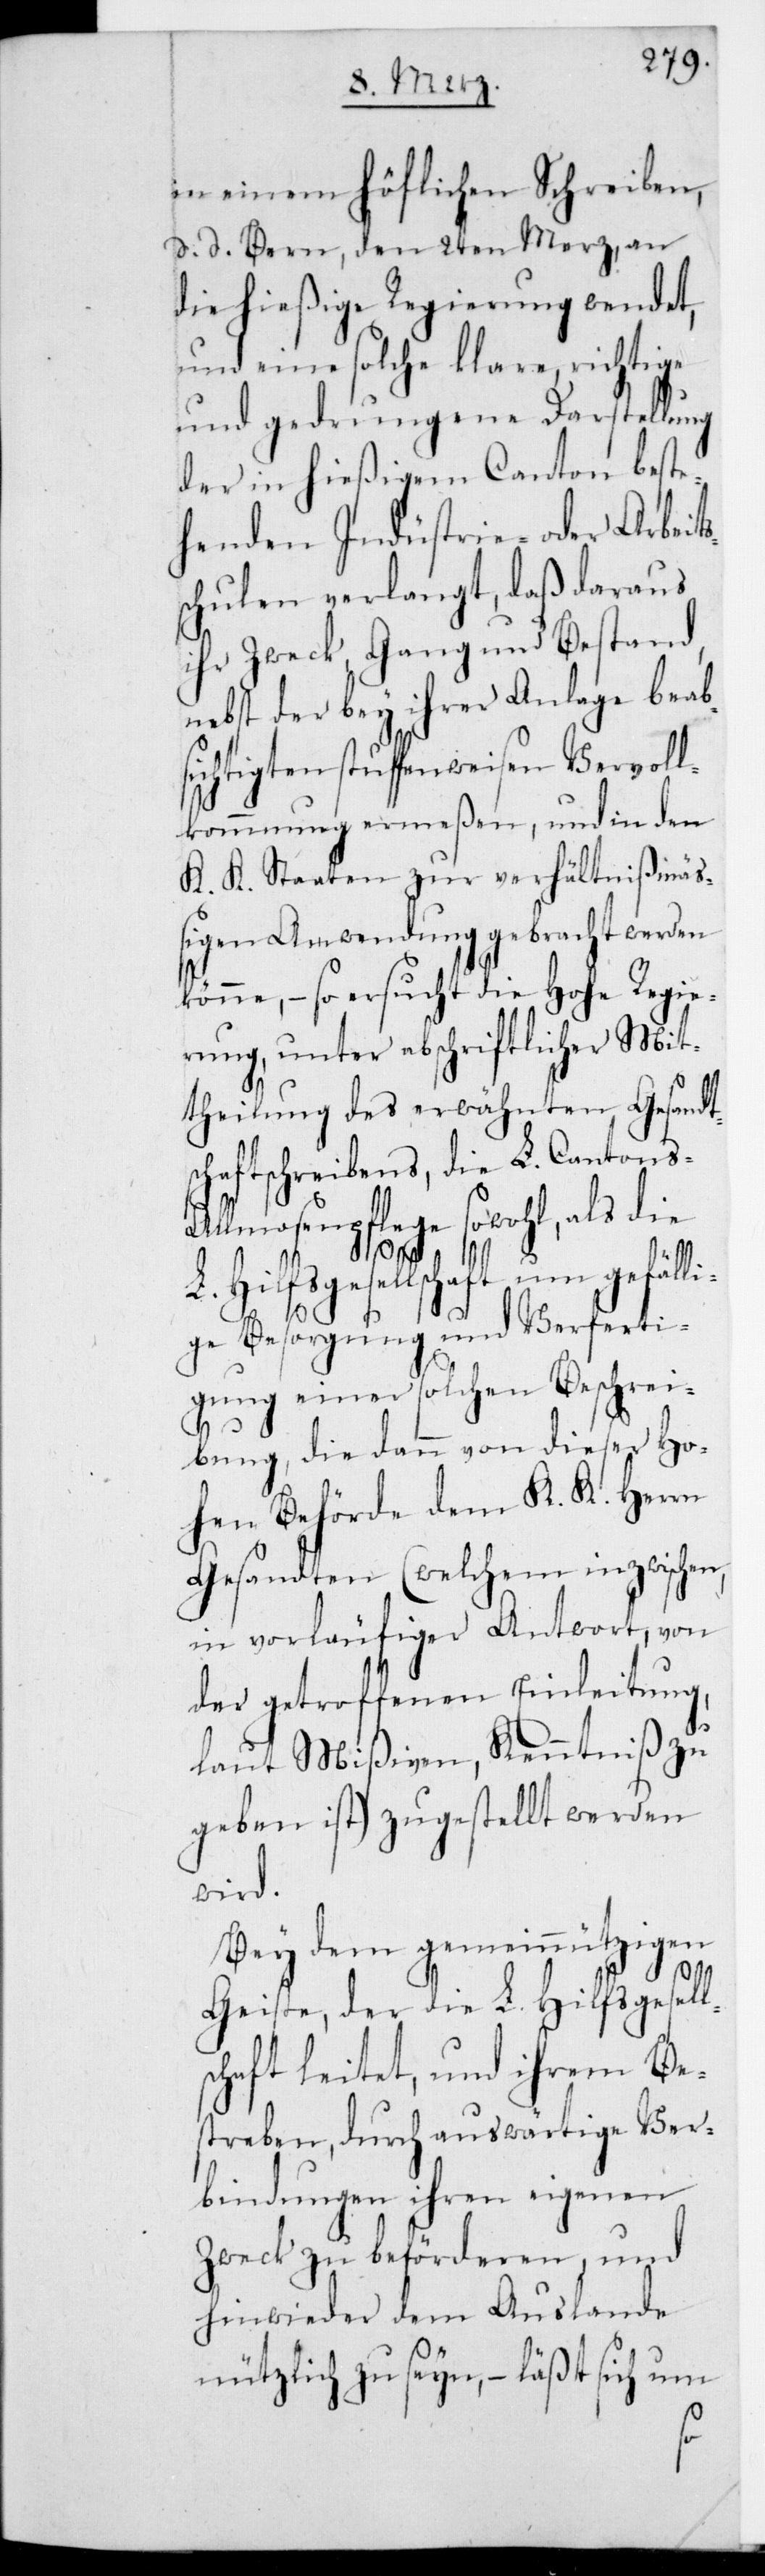
sch¬
iben,
in einem höflichen S¬
d. d. Bern den 2ten Merz, an
die hießige Regierung wendet,
und eine solche klare, richtige
und gedrungene Darstellung
der in hießigem Canton beste¬
henden Industrie- oder Arbeits¬
schulen verlangt, daß daraus
ihr Zweck, Gang und Bestand,
nebst der bey ihrer Anlage beab¬
sichtigten stufenweisen Vervoll¬
kommnung ermeßen, und in den
K. K. Staaten zur verhältnißmäß¬
igen Anwendung gebracht werden
könne, – so ersucht die Hohe Regie¬
rung, unter abschriftlicher Mit¬
theilung des erwähnten Gesandt¬
aftsschreibens, die L. Canton¬
s-Almosenpflege sowohl, als die
L. Hilfsgesellschaft um gefälli¬
l¬
ge Besorgung und Verferti¬
gung einer solchen Beschrei¬
bung, die dann von dieser Ho¬
hen Behörde dem K. K. Herrn
Gesandten (welchem inzwischen
in vorläufiger Antwort, von
der getroffenen Einleitung,
laut Mißiven, Kenntniß zu
geben ist) zugestellt werden
wird.
Bey dem gemeinnützigen
Geiste, der die L. Hilfsgesel¬
schaft leitet, und ihrem Be¬
streben, durch auswärtige Ver¬
bindungen ihren eigenen
Zweck zu beförderen, und
hinwieder dem Auslande
nützlich zu seyn, – läßt sich um